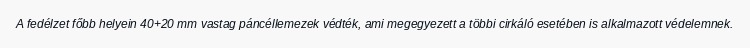
A fedélzet főbb helyein 40+20 mm vastag páncéllemezek védték, ami megegyezett a többi cirkáló esetében is alkalmazott védelemnek.